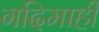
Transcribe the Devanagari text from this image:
गदिमाही